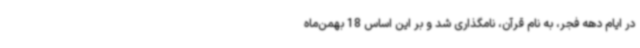
در ایام دهه فجر، به نام قرآن، نامگذاری شد و بر این اساس 18 بهمن‌ماه